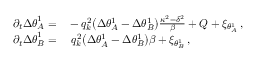
\begin{array} { r l } { \partial _ { t } { \Delta \theta } _ { A } ^ { 1 } = } & { { } - q _ { k } ^ { 2 } \big ( \Delta \theta _ { A } ^ { 1 } - \Delta \theta _ { B } ^ { 1 } \big ) \frac { \kappa ^ { 2 } - \delta ^ { 2 } } { \beta } + Q + \xi _ { \theta _ { A } ^ { 1 } } \, , } \\ { \partial _ { t } { \Delta \theta } _ { B } ^ { 1 } = } & { { } ~ q _ { k } ^ { 2 } \big ( \Delta \theta _ { A } ^ { 1 } - \Delta \theta _ { B } ^ { 1 } \big ) \beta + \xi _ { \theta _ { B } ^ { 1 } } \, , } \end{array}